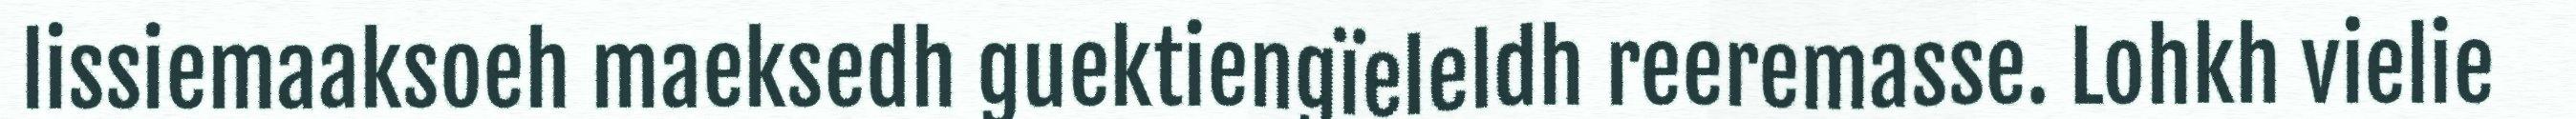
lissiemaaksoeh maeksedh guektiengïeleldh reeremasse. Lohkh vielie